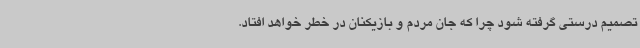
تصمیم درستی گرفته شود چرا که جان مردم و بازیکنان در خطر خواهد افتاد.